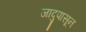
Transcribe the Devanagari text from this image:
जादुपासून